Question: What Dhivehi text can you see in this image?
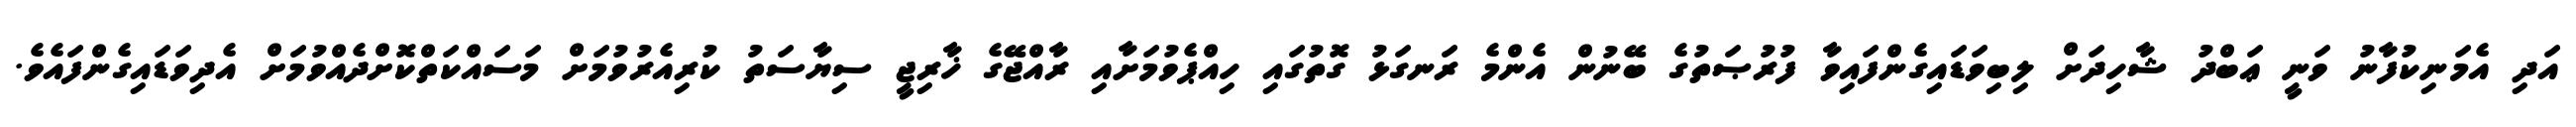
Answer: އަދި އެމަނިކުފާނު ވަނީ ޢަބްދު ޝާހިދަށް ލިބިވަޑައިގެންފައިވާ ފުރުޞަތުގެ ބޭނުން އެންމެ ރަނގަޅު ގޮތުގައި ހިއްޕެވުމަށާއި ރާއްޖޭގެ ޚާރިޖީ ސިޔާސަތު ކުރިއެރުވުމަށް މަސައްކަތްކޮށްދެއްވުމަށް އެދިވަޑައިގެންފައެވެ.